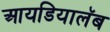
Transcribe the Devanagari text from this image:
आयडियालॅब